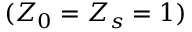
( Z _ { 0 } = Z _ { s } = 1 )